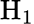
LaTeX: \mathrm{H}_{1}